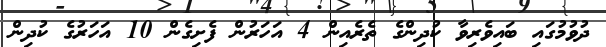
ދުވުމުގައި ބައިވެރިވާ ކުދިންގެ ތެރެއިން 4 އަހަރުން ފެށިގެން 10 އަހަރުގެ ކުދިން